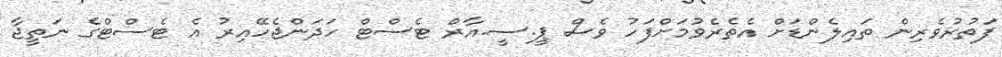
ފަތުރުވެރިން ތައިލެންޑަށް އެތެރެވުމަށްފަހު ވެސް ޕީ.ސީ.އާރް ޓެސްޓް ހަދަންޖެހޭއިރު އެ ޓެސްޓްގެ ނަތީޖާ